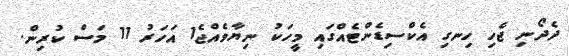
ދެދޯނި ޖެހި ހިނގި އެކްސިޑެންޓެއްގައި މީހަކު ނިޔާވެއްޖެ1 އަހަރު 11 މަސް ކުރިން.